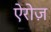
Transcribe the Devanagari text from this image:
ऐरोज़